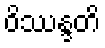
ဝိဿန္ဒတိ